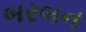
બરબન